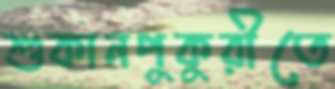
শুকানপুকুরীতে